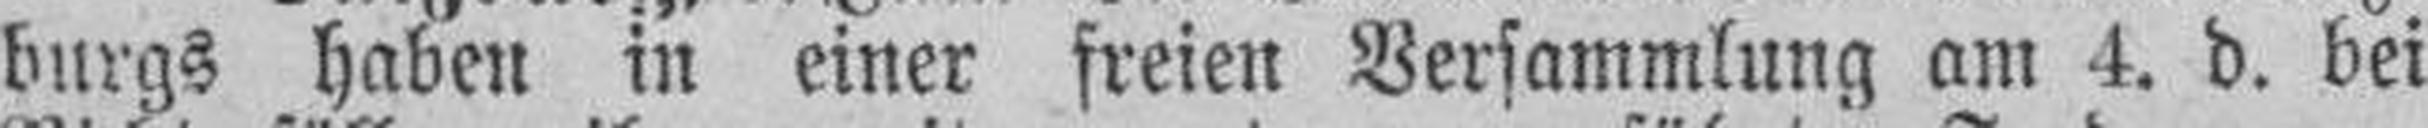
burgs haben in einer freien Versammlung am 4. d. bei